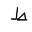
Letter: _da